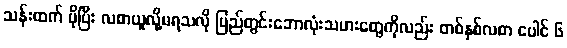
သန်းထက် ပိုပြီး လစာယူလို့မရသလို ပြည်တွင်းဘောလုံးသမားတွေကိုလည်း တစ်နှစ်လစာ ပေါင် ၆